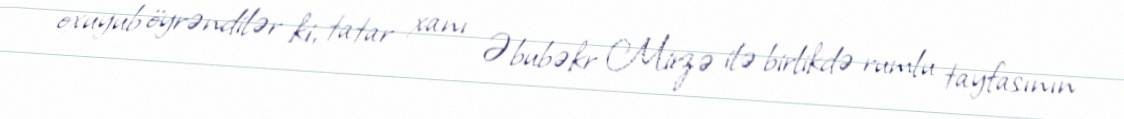
oxuyub öyrəndilər ki, tatar xanı Əbubəkr Mirzə ilə birlikdə rumlu tayfasının